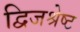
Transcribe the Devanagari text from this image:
द्विजश्रेष्ट